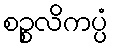
စဉ္စလိကပ္ပံ